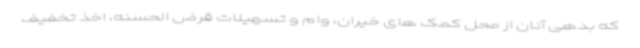
که بدهی آنان از محل کمک های خیران، وام و تسهیلات قرض الحسنه، اخذ تخفیف